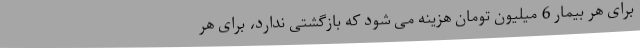
برای هر بیمار 6 میلیون تومان هزینه می شود که بازگشتی ندارد، برای هر